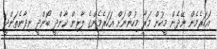
އަހަރެމެން ނޭދެން މީހުން މަރާ މިހުންނަށް އަހަރެމެންގެ ލާރިން ކާންދީ ބޯންދީ ނިދާނެތަންދީ